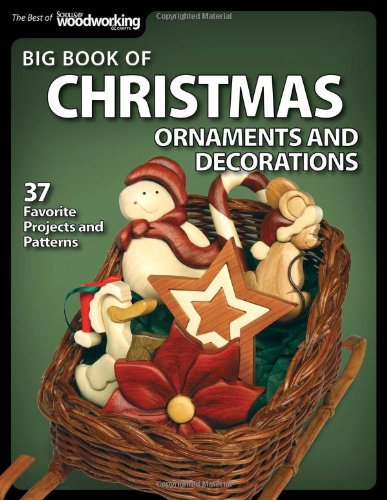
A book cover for Big Book of Christmas Ornaments and Decorations: 37 Favorite Projects and Patterns (Best of Scroll Saw W); SSW Editors; Crafts, Hobbies & Home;